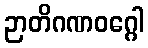
ဉာတိဂဏဝဂ္ဂေါ